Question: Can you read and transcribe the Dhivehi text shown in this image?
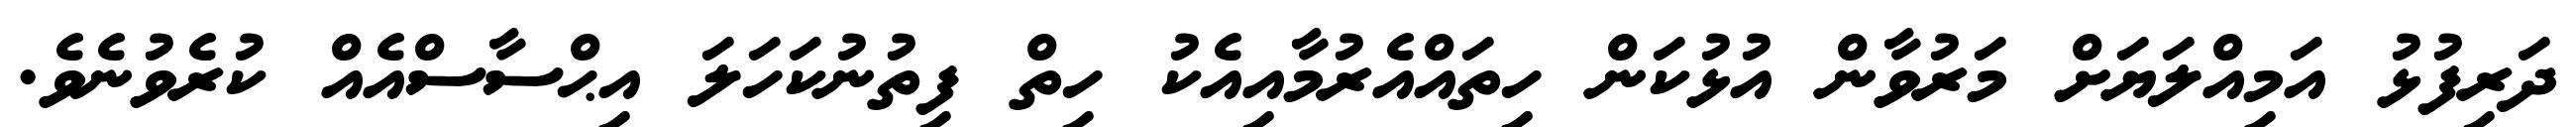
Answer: ދަރިފުޅު އަމިއްލަޔަށް މަރުވާން އުޅުކަން ހިތައްއެރުމާއިއެކު ހިތް ފިތުނުކަހަލަ އިޙްސާސްއެއް ކުރެވުނެވެ.